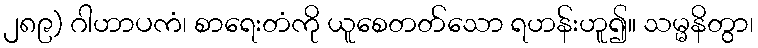
၂၈၉) ဂါဟာပကံ၊ စာရေးတံကို ယူစေတတ်သော ရဟန်းဟူ၍။ သမ္မနိတွာ၊